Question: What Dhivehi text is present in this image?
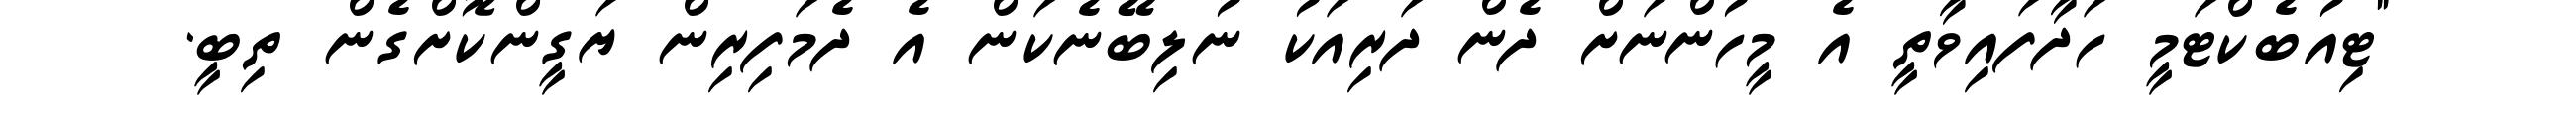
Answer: "ޓިއުބެކްޓަމީ ހަދާފައިވާތީ އެ މީހުންނަށް ދެން ދަރިއަކު ނުލިބޭނެކަން އެ ދެމަފިރިން ޔަގީންކޮށްގެން ތިބީ.